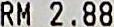
RM 2.88